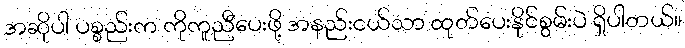
အဆိုပါ ပစ္စည်းက ကိုကူညီပေးဖို့ အနည်းငယ်သာ ထုတ်ပေးနိုင်စွမ်းပဲ ရှိပါတယ်။